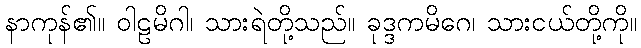
နာကုန်၏။ ဝါဠမိဂါ၊ သားရဲတို့သည်။ ခုဒ္ဒကမိဂေ၊ သားငယ်တို့ကို။